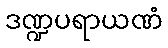
ဒဏ္ဍပရာယဏံ